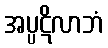
အပ္ပဋိလာဘံ